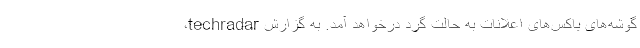
گوشه‌های باکس‌های اعلانات به حالت گرد درخواهد آمد. به گزارش techradar،